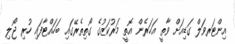
އިންޓަރވަލް ގަޑިއަށް ވާތީ އަހަރެން އޮތީ މަރުކަޒުގެ ގޯތިތެރޭގައި ބަހައްޓާފައި ހުރި ޖޯލި